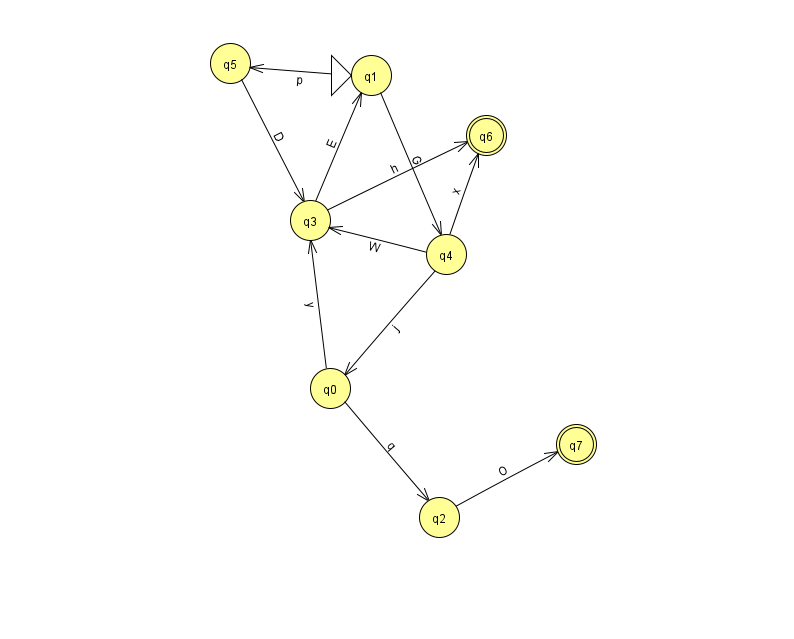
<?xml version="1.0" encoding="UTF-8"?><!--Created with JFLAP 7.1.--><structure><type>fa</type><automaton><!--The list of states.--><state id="0" name="q0"><x>330.0</x><y>375.0</y></state><state id="1" name="q1"><x>371.0</x><y>62.0</y><initial/></state><state id="2" name="q2"><x>439.0</x><y>504.0</y></state><state id="3" name="q3"><x>310.0</x><y>207.0</y></state><state id="4" name="q4"><x>446.0</x><y>241.0</y></state><state id="5" name="q5"><x>230.0</x><y>50.0</y></state><state id="6" name="q6"><x>486.0</x><y>122.0</y><final/></state><state id="7" name="q7"><x>576.0</x><y>431.0</y><final/></state><!--The list of transitions.--><transition><from>4</from><to>0</to><read>j</read></transition><transition><from>0</from><to>3</to><read>y</read></transition><transition><from>1</from><to>4</to><read>G</read></transition><transition><from>3</from><to>1</to><read>E</read></transition><transition><from>5</from><to>3</to><read>D</read></transition><transition><from>4</from><to>3</to><read>W</read></transition><transition><from>1</from><to>5</to><read>p</read></transition><transition><from>2</from><to>7</to><read>O</read></transition><transition><from>3</from><to>6</to><read>h</read></transition><transition><from>4</from><to>6</to><read>x</read></transition><transition><from>0</from><to>2</to><read>q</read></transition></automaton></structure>